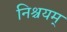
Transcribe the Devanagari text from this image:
निश्चयम्